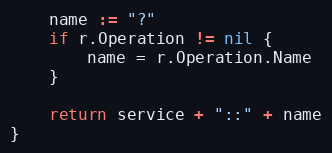
Language: Go
	name := "?"
	if r.Operation != nil {
		name = r.Operation.Name
	}

	return service + "::" + name
}